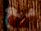
مع